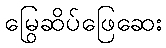
မြွေဆိပ်ဖြေဆေး